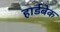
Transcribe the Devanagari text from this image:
हार्डबेक